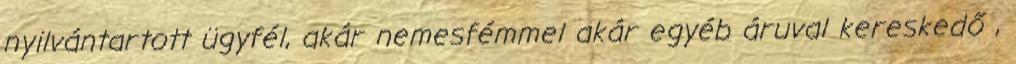
nyilvántartott ügyfél, akár nemesfémmel akár egyéb áruval kereskedő ,